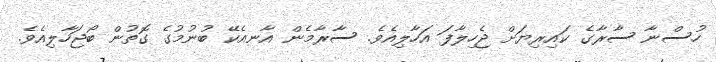
ހުސްނާ ސާރާގެ ކައިރިޔަށް ޖެހިލާފަ އަހާލިއެވެ. ސާރާމެން އާނއެކޭ ބުނުމުގެ ގޮތުން ބޯޖަހާލިއެވެ.